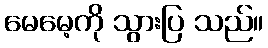
မေမေ့ကို သွားပြ သည်။